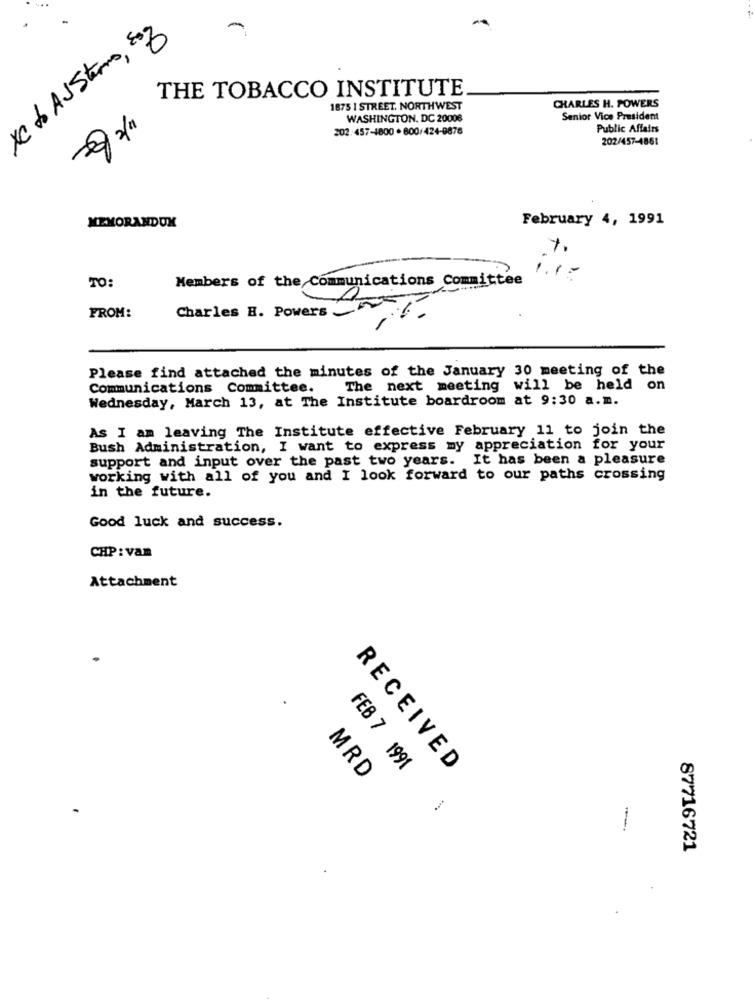
XC & AU Stens, soz
THE TOBACCO INSTITUTE
1875 I STREET. NORTHWEST
CHARLES H. POWERS
WASHINGTON, DC 20008
Senior Vice President
202:457-1800 . 800/424-9876
Public Affairs
202/457-4861
February 4, 1991
MEMORANDUM
TO:
Members of the Communications Committee
1.1
Charles H. Powers
FROM:
Please find attached the minutes of the January 30 meeting of the
Communications Committee. The next meeting will be held on
Wednesday, March 13, at The Institute boardroom at 9:30 a.m.
As I am leaving The Institute effective February 11 to join the
Bush Administration, I want to express my appreciation for your
support and input over the past two years. It has been a pleasure
working with all of you and I look forward to our paths crossing
in the future.
Good luck and success.
CHP: vam
Attachment
FEB 7 1991
RECEIVED
MRD
-
87716721